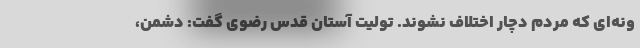
ونه‌ای که مردم دچار اختلاف نشوند. تولیت آستان قدس رضوی گفت: دشمن،